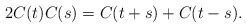
\begin{align*} 2C(t)C(s) = C(t+s) + C(t-s). \end{align*}